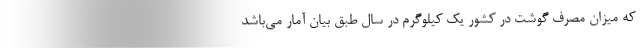
که میزان مصرف گوشت در کشور یک کیلوگرم در سال طبق بیان آمار می‌باشد